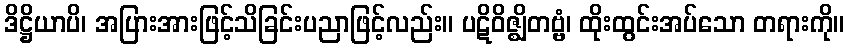
ဒိဋ္ဌိယာပိ၊ အပြားအားဖြင့်သိခြင်းပညာဖြင့်လည်း။ ပဋိဝိဇ္ဈိတဗ္ဗံ၊ ထိုးထွင်းအပ်သော တရားကို။